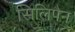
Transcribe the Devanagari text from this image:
सिलिपैन